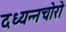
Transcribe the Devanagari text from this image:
दध्यन्नचोरो